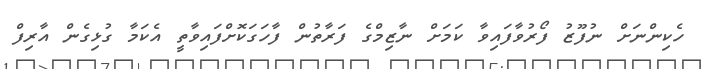
ހެކިންނަށް ނުފޫޒު ފޯރުވާފައިވާ ކަމަށް ނާޒިމްގެ ފަރާތުން ފާހަގަކޮށްފައިވާތީ އެކަމާ ގުޅިގެން އާރިފް